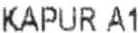
KAPUR A1